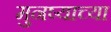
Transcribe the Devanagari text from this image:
मुनष्याच्या